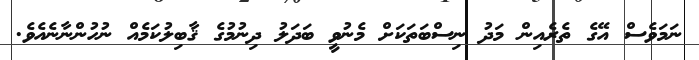
ނަމަވެސް އޭގެ ތެރެއިން މަދު ނިސްބަތަކަށް މެނުވީ ބަދަލު ދިނުމުގެ ޤާބިލުކަމެއް ނުހުންނާނެއެވެ.